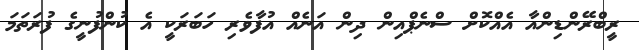
ރީބްރޭންޑިންއާ އެއްކޮށް ސްނެޕްއިން ދިން އަނެއް އުފާވެރި ހަބަރަކީ އެ ކުންފުނީގެ ފުރަތަމަ